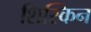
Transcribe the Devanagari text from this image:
शिस्किन